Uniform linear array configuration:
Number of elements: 64
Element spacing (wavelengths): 0.25
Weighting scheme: hann
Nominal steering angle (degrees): -15
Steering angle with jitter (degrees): -16.65
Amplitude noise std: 0.05
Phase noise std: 0.05

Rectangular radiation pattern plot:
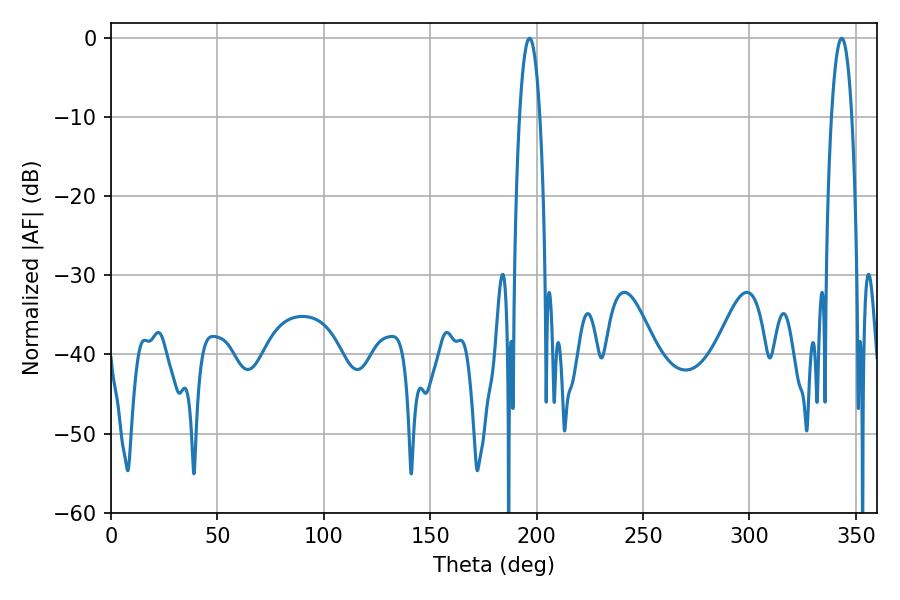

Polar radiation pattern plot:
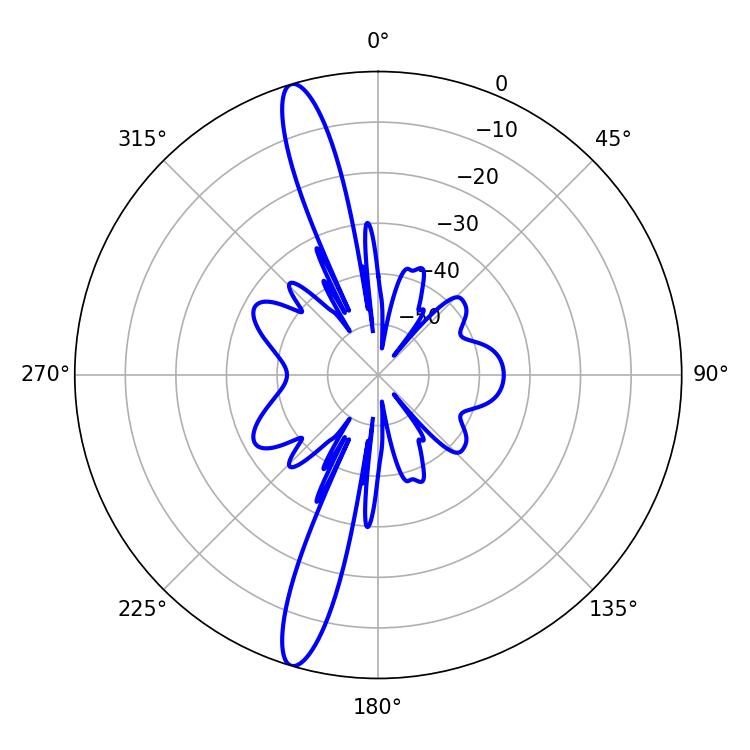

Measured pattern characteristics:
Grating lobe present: FALSE
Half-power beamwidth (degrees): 5.22
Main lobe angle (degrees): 343.26